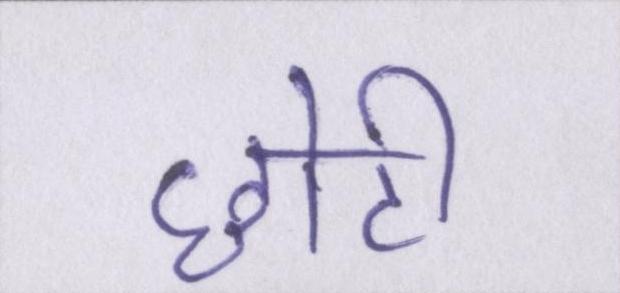
छोटी